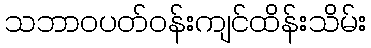
သဘာဝပတ်ဝန်းကျင်ထိန်းသိမ်း